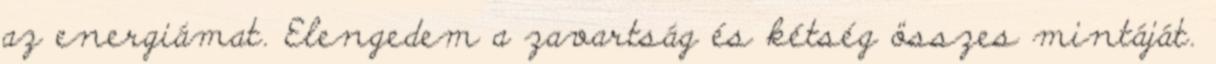
az energiámat. Elengedem a zavartság és kétség összes mintáját.